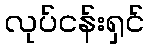
လုပ်ငန်းရှင်